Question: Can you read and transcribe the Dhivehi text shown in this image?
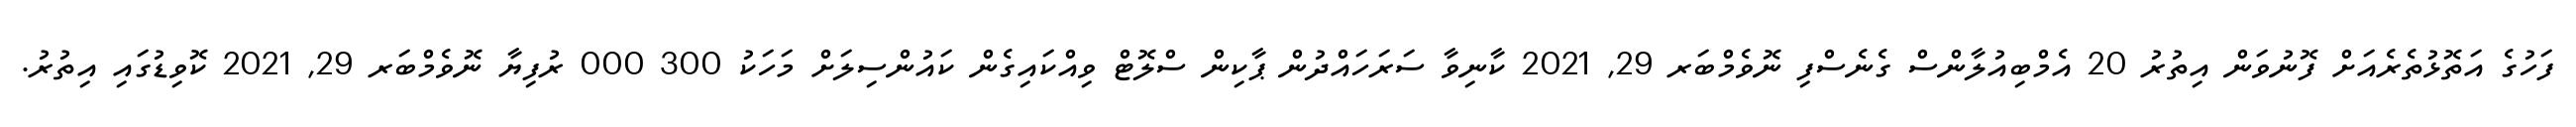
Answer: ފަހުގެ އަތޮޅުތެރެއަށް ފޮނުވަން އިތުރު 20 އެމްބިއުލާންސް ގެނެސްފި ނޮވެމްބަރ 29, 2021 ކާނިވާ ސަރަހައްދުން ޕާކިން ސްލޮޓް ވިއްކައިގެން ކައުންސިލަށް މަހަކު 300 000 ރުފިޔާ ނޮވެމްބަރ 29, 2021 ކޮވިޑުގައި އިތުރު.